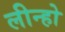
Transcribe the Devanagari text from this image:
लीन्हो